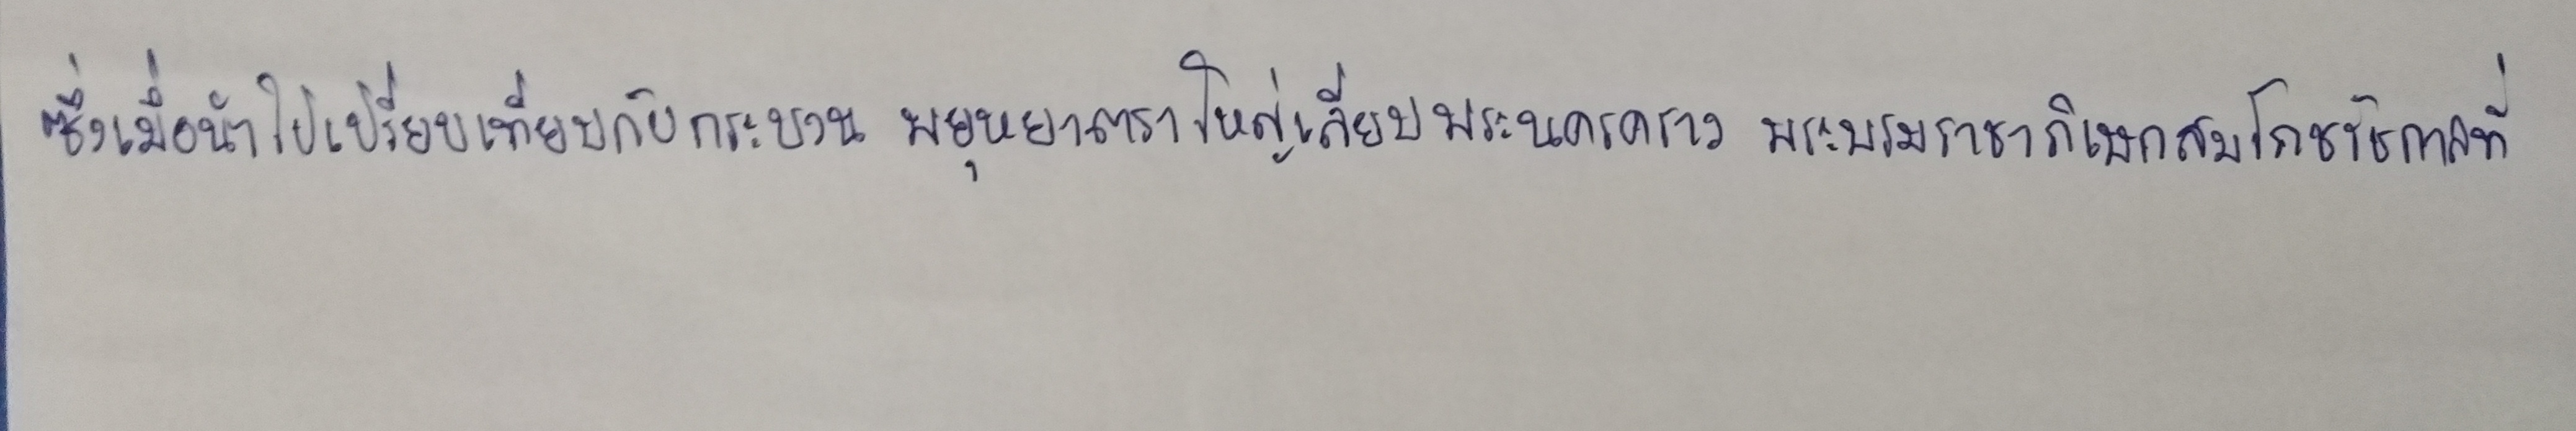
ซึ่งเมื่อนำไปเปรียบเทียบกับกระบวนพยุหยาตราใหญ่เลียบพระนครคราวพระบรมราชาภิเษกสมโภชรัชกาลที่